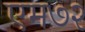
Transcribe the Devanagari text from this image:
एम७२